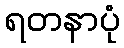
ရတနာပုံ